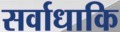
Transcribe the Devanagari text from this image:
सर्वाधाकि